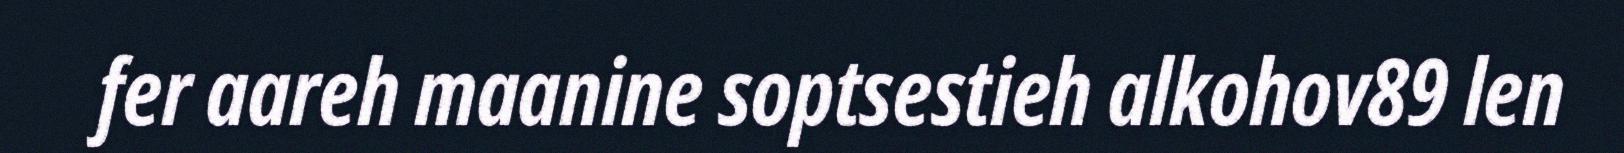
fer aareh maanine soptsestieh alkohov89 len